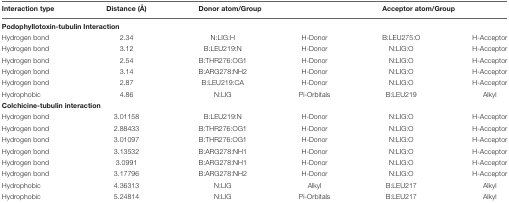
<table><thead><tr><td><b>Interaction type</b></td><td><b>Distance (Å)</b></td><td colspan="2"><b>Donor atom/Group</b></td><td colspan="2"><b>Acceptor atom/Group</b></td></tr></thead><tbody><tr><td colspan="6"><b>Podophyllotoxin-tubulin Interaction</b></td></tr><tr><td>Hydrogen bond</td><td>2.34</td><td>N:LIG:H</td><td>H-Donor</td><td>B:LEU275:O</td><td>H-Acceptor</td></tr><tr><td>Hydrogen bond</td><td>3.12</td><td>B:LEU219:N</td><td>H-Donor</td><td>N:LIG:O</td><td>H-Acceptor</td></tr><tr><td>Hydrogen bond</td><td>2.54</td><td>B:THR276:OG1</td><td>H-Donor</td><td>N:LIG:O</td><td>H-Acceptor</td></tr><tr><td>Hydrogen bond</td><td>3.14</td><td>B:ARG278:NH2</td><td>H-Donor</td><td>N:LIG:O</td><td>H-Acceptor</td></tr><tr><td>Hydrogen bond</td><td>2.87</td><td>B:LEU219:CA</td><td>H-Donor</td><td>N:LIG:O</td><td>H-Acceptor</td></tr><tr><td>Hydrophobic</td><td>4.86</td><td>N:LIG</td><td>Pi-Orbitals</td><td>B:LEU219</td><td>Alkyl</td></tr><tr><td colspan="6"><b>Colchicine-tubulin interaction</b></td></tr><tr><td>Hydrogen bond</td><td>3.01158</td><td>B:LEU219:N</td><td>H-Donor</td><td>N:LIG:O</td><td>H-Acceptor</td></tr><tr><td>Hydrogen bond</td><td>2.88433</td><td>B:THR276:OG1</td><td>H-Donor</td><td>N:LIG:O</td><td>H-Acceptor</td></tr><tr><td>Hydrogen bond</td><td>3.01097</td><td>B:THR276:OG1</td><td>H-Donor</td><td>N:LIG:O</td><td>H-Acceptor</td></tr><tr><td>Hydrogen bond</td><td>3.13532</td><td>B:ARG278:NH1</td><td>H-Donor</td><td>N:LIG:O</td><td>H-Acceptor</td></tr><tr><td>Hydrogen bond</td><td>3.0991</td><td>B:ARG278:NH1</td><td>H-Donor</td><td>N:LIG:O</td><td>H-Acceptor</td></tr><tr><td>Hydrogen bond</td><td>3.17796</td><td>B:ARG278:NH2</td><td>H-Donor</td><td>N:LIG:O</td><td>H-Acceptor</td></tr><tr><td>Hydrophobic</td><td>4.36313</td><td>N:LIG</td><td>Alkyl</td><td>B:LEU217</td><td>Alkyl</td></tr><tr><td>Hydrophobic</td><td>5.24814</td><td>N:LIG</td><td>Pi-Orbitals</td><td>B:LEU217</td><td>Alkyl</td></tr></tbody></table>